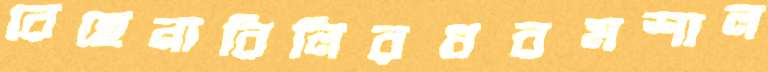
রেহেনারিলিরধরমশাল